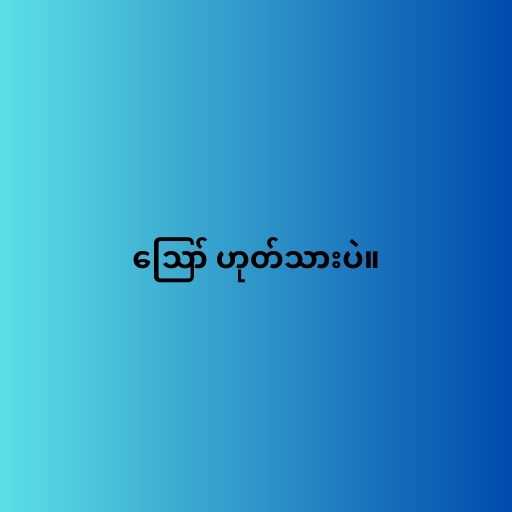
ဪ ဟုတ်သားပဲ။